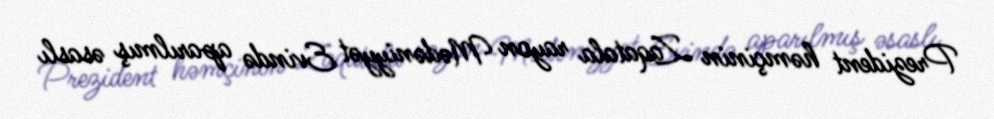
Prezident həmçinin Zaqatala rayon Mədəniyyət Evində aparılmış əsaslı